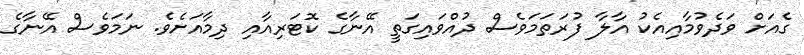
ގެއަށް ވަދެވުމާއިއެކު އާލާ ފުރަތަމަވެސް ދުއްވައިގަތީ އޭނާގެ ކޮޓަރިއާއި ދިމާއަށެވެ. ނަމަވެސް އޭނާގެ